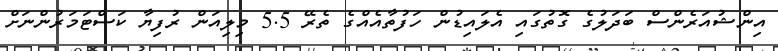
އިންޝުއަރެންސް ބަދަލުގެ ގޮތުގައި އެލައިޑުން ހަފުތާއެއްގެ ތެރޭ 5.5 މިލިއަން ރުފިޔާ ކަސްޓަމަރުންނަށް